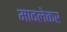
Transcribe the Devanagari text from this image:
मावलेकर